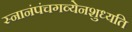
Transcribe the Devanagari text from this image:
स्नानंपंचगव्येनशुध्यति